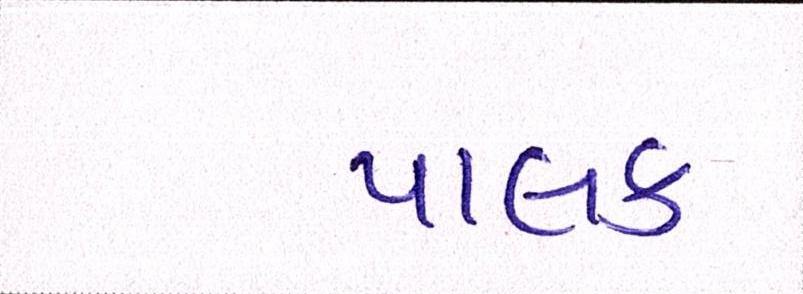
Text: પાલક